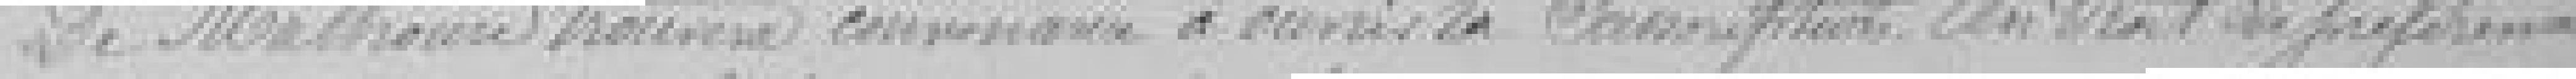
de Mulhouse trouvera convenance à ouvrir la souscription. Un droit de préférence